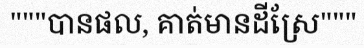
"""បានផល, គាត់មានដីស្រែ"""